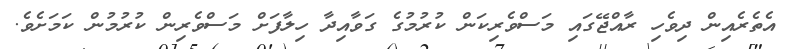
އެތެރެއިން ދިވެހި ރާއްޖޭގައި މަސްވެރިކަން ކުރުމުގެ ގަވާއިދާ ހިލާފަށް މަސްވެރިން ކުރުމުން ކަމަށެވެ.